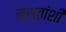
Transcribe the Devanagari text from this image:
मस्तांशी